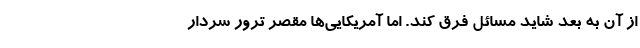
از آن به بعد شاید مسائل فرق کند. اما آمریکایی‌ها مقصر ترور سردار